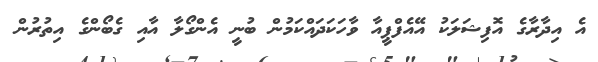
އެ އިދާރާގެ އޮފިޝަލަކު އޭއެފްޕީއާ ވާހަކަދައްކަމުން ބުނީ އެންގޯލާ އާއި ގެބޯންގެ އިތުރުން